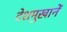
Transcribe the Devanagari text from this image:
देशमुखानें